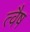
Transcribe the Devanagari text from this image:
त्वैष